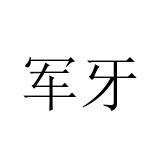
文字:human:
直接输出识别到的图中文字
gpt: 军牙